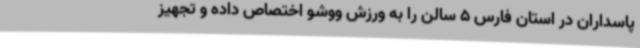
پاسداران در استان فارس 5 سالن را به ورزش ووشو اختصاص داده و تجهیز